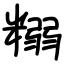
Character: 糑